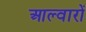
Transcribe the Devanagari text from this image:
आल्वारों